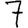
Digit: 7